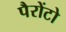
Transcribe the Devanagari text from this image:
पैरोंटो